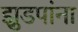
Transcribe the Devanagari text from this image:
झुडपांना